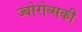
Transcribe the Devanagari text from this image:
ज्बोरोव्सकी